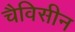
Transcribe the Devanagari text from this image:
चैविसीन